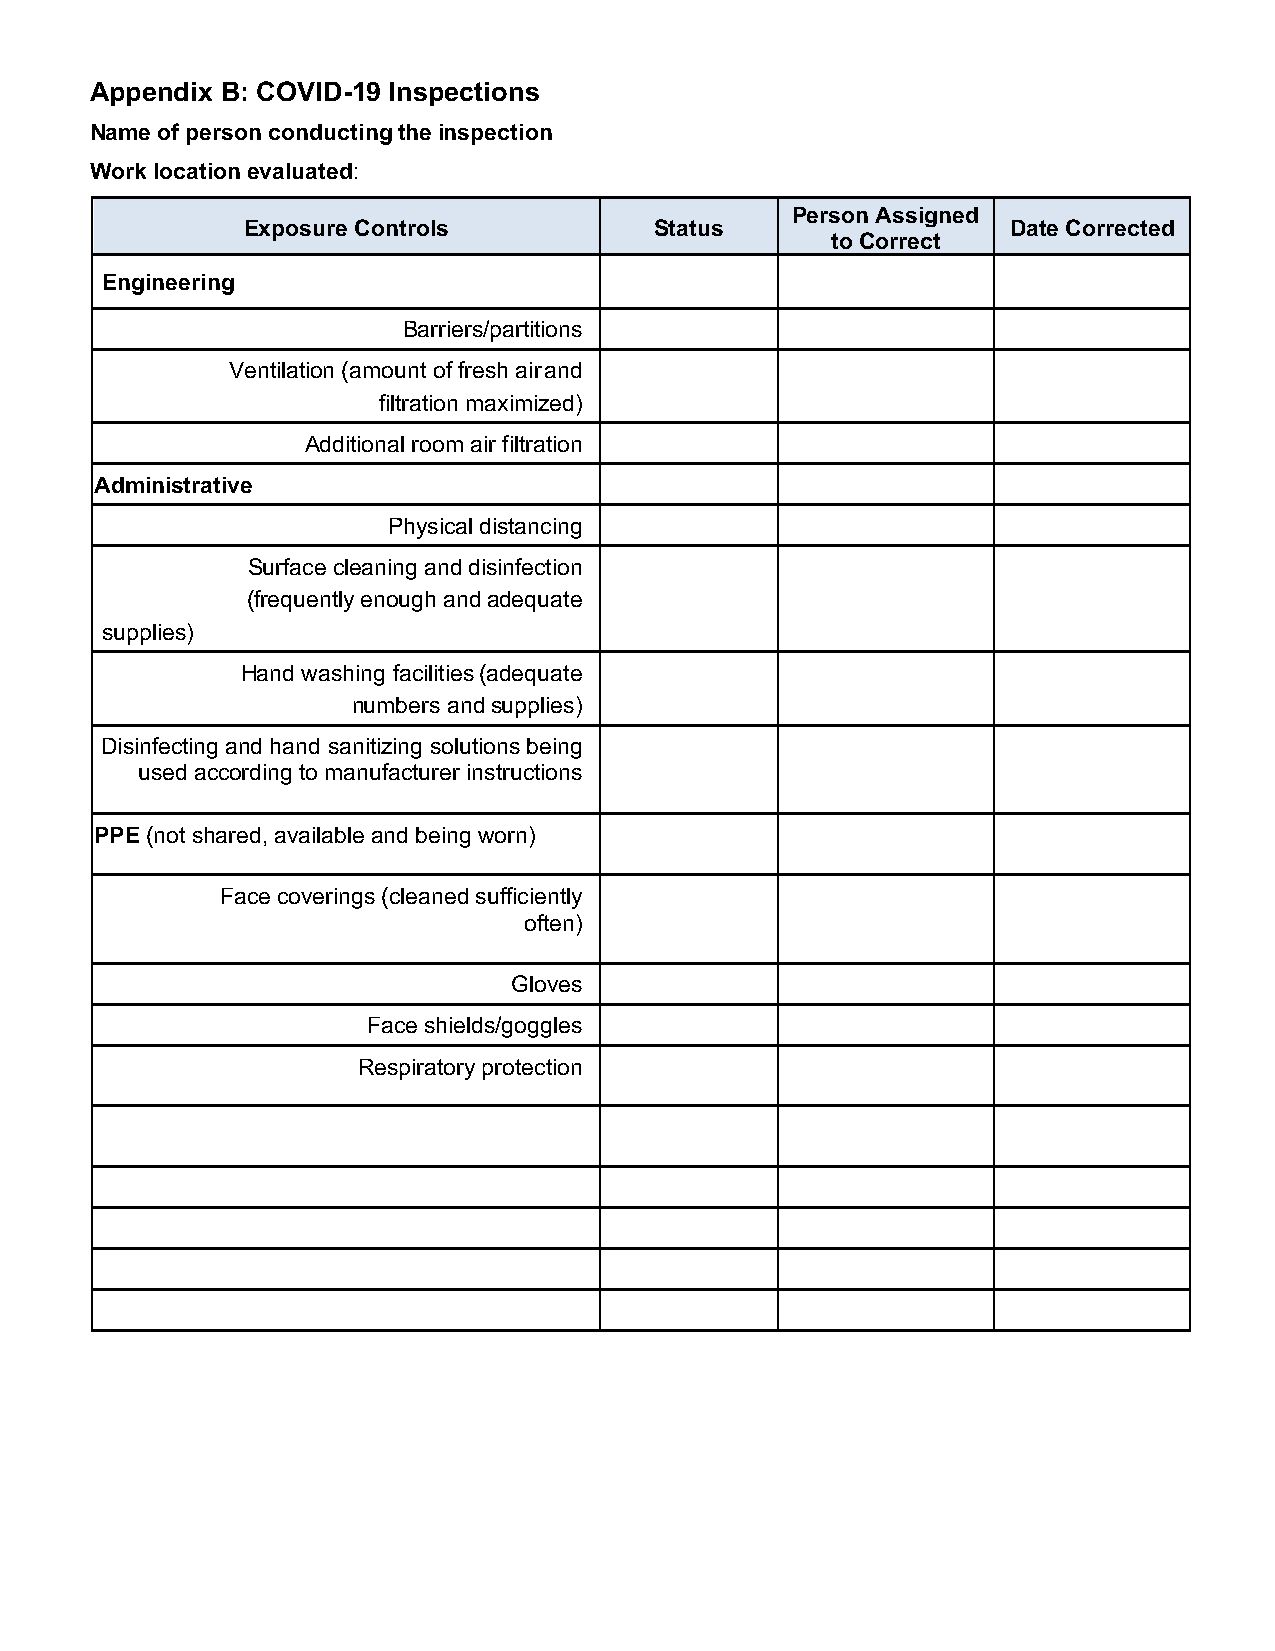
Appendix B: COVID-19 Inspections
 Name of person conducting the inspection
 Work location evaluated:
 Person Assigned
 Exposure Controls          Status                  Date Corrected
 to Correct
 Engineering
 Barriers/partitions
 Ventilation (amount of fresh air and
 filtration maximized)
 Additional room air filtration
 Administrative
 Physical distancing
 Surface cleaning and disinfection
 (frequently enough and adequate
 supplies)
 Hand washing facilities (adequate
 numbers and supplies)
 Disinfecting and hand sanitizing solutions being
 used according to manufacturer instructions
 PPE (not shared, available and being worn)
 Face coverings (cleaned sufficiently
 often)
 Gloves
 Face shields/goggles
 Respiratory protection